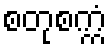
စတုစက္ကံ